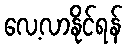
လေ့လာနိုင်ရန်